Statistical return of the lunatic asylum in Assam - 1912-1932
Year: 1912
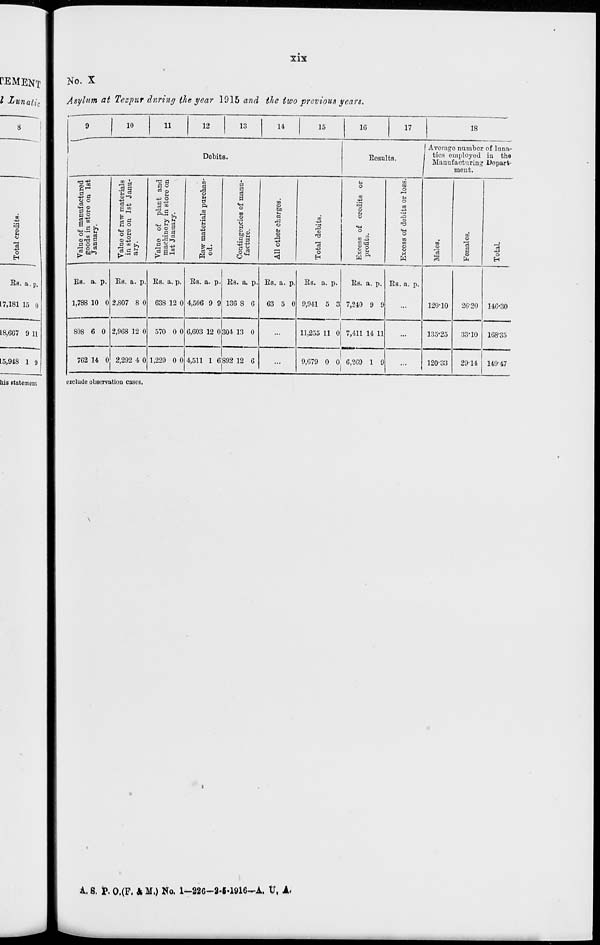
p
It
c
to
o
1
O
I
I
5"
o
00
00
©
©
-a
00
fed
IB
T
M
to
P
O
~
o>
•JJ
J
cc
ex
s
i2?
1 -3 00 o
00
-a
00
fed
m
Value of manufactured
1
a
to
oc
goods in store on lBt
©
c 1
©
1—•
o
9
January.
a
o
•tf
->3
o
©
&
to
to
o
0
"to
to
OS
GO
©
fed
03
Value of raw materials
i
o
to
00
to
oo
P
in store on 1st Janu-
ary.
©
™
o
©
©
«
l—l
to
—j
©
00
fed
Value of plant and
e
o
00
machinery in store on
i-»
o
©
1—I
to
13
1st January.
©
©
©
Or
©
©
-**
en
fed
l—'
O
©
ca
I-"
©
os
1—>
to
©
©
©
f
Eaw materials purchas-
ed.
a
o
M
CO
00
to
OO
©
1—'
fed
CD
to
*■
00
©
CD
to
W
00
P
Contingencies of manu-
facture.
©
©
©
©
«
©
fed
00
CO
:
07T
p
All other charges.
*.
©
•d
"©
-a
to
to
"to
fed
CO
o
OJl
f-l
p
Total debits.
Or
o
t-»
Ol
W
©
©
©
00
-3
•<I
CO
Xc*
co
fed
cs
©
M
19
m
Excess of credits or
1—>
h-»
P
profits.
fed
©
h-1
*»
©
l->
«
o
CO
eo
i—>
to
a>
fed
ca
:
•
•
Excess of debits or loss.
■»J
M
i-i
1-1
1 Avcrag
I tics o
Manui
to
o
OS
on
to
©
Males.
CO
to
l-»
00
on
©
3 p 5
to
CO
00
co
hi
©
to
©
to
©
Females.
3 £ O a
5 &o
00
*-*
!-•
M
Og-S
to
S
©
Total.
o c "
IP-
CO
00
P rt-g
«a
in
©
-!•■• ?
*9
ft
Si
p
t—>
^>
Ha